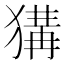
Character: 𤠰